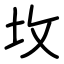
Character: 坆